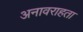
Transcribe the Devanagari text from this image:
अनावराहता